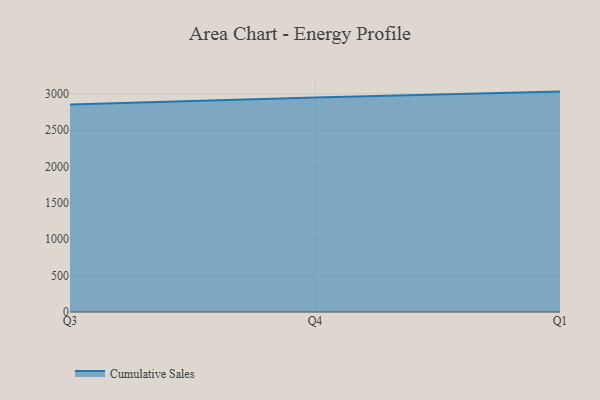
{"axis": {"x": "Quarter", "y": "Churn Rate (%)"}, "legend": ["Cumulative Sales"], "data": [{"x": "Q3", "y": 2849.0, "type": "Cumulative Sales"}, {"x": "Q4", "y": 2947.6, "type": "Cumulative Sales"}, {"x": "Q1", "y": 3027.4, "type": "Cumulative Sales"}]}